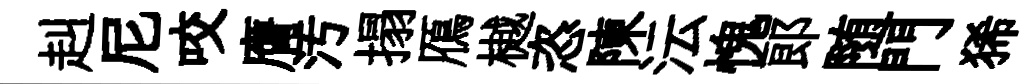
赳尼咬膺汚搨鴈樾恣陳沄愧郞随門狶